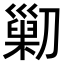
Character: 𠟿